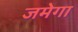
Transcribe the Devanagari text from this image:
जमेगा